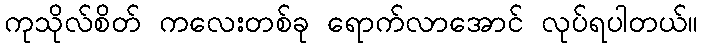
ကုသိုလ်စိတ် ကလေးတစ်ခု ရောက်လာအောင် လုပ်ရပါတယ်။